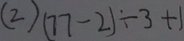
( 2 ) ( 7 7 - 2 ) \div 3 + 1